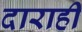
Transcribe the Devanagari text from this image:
दाराही